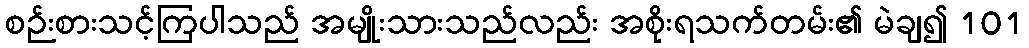
စဉ်းစားသင့်ကြပါသည် အမျိုးသားသည်လည်း အစိုးရသက်တမ်း၏ မဲချ၍ 101